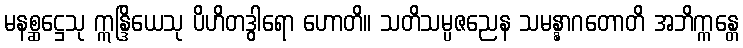
မနစ္ဆဋ္ဌေသု ဣန္ဒြိယေသု ပိဟိတဒွါရော ဟောတိ။ သတိသမ္ပဇညေန သမန္နာဂတောတိ အဘိက္ကန္တေ